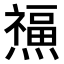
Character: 𤑏